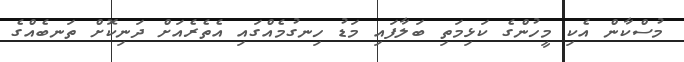
މުސްކާން އެކި މީހުންގެ ކަޅިމަތި ބަލާފައި މަޑު ހިނގުމެއްގައި އެތެރެއަށް ދަނިކޮށް ތަނބެއްގެ